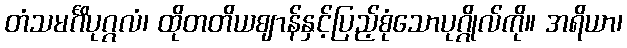
တံသမင်္ဂိပုဂ္ဂလံ၊ ထိုတတိယဈာန်နှင့်ပြည့်စုံသောပုဂ္ဂိုလ်ကို။ အရိယာ၊